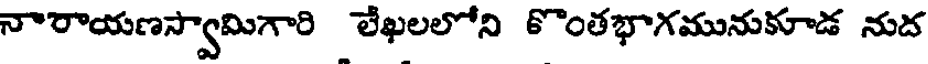
నారాయణస్వామిగారి లేఖలలోని కొంతభాగమునుకూడ నుద